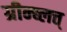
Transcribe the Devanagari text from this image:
ग्रीन्ब्लत्त्